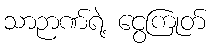
သာဉာဏ်ရဲ့ ငွေကြုတ်